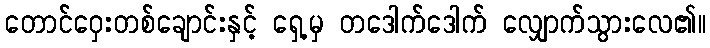
တောင်ဝှေးတစ်ချောင်းနှင့် ရှေ့မှ တဒေါက်ဒေါက် လျှောက်သွားလေ၏။